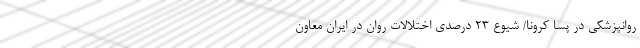
روانپزشکی در پسا کرونا/ شیوع ۲۳ درصدی اختلالات روان در ایران معاون